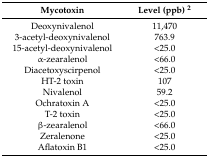
<table><thead><tr><td><b>Mycotoxin</b></td><td><b>Level (ppb) <sup>2</sup></b></td></tr></thead><tbody><tr><td>Deoxynivalenol</td><td>11,470</td></tr><tr><td>3-acetyl-deoxynivalenol</td><td>763.9</td></tr><tr><td>15-acetyl-deoxynivalenol</td><td>&lt;25.0</td></tr><tr><td>α-zearalenol</td><td>&lt;66.0</td></tr><tr><td>Diacetoxyscirpenol</td><td>&lt;25.0</td></tr><tr><td>HT-2 toxin</td><td>107</td></tr><tr><td>Nivalenol</td><td>59.2</td></tr><tr><td>Ochratoxin A</td><td>&lt;25.0</td></tr><tr><td>T-2 toxin</td><td>&lt;25.0</td></tr><tr><td>β-zearalenol</td><td>&lt;66.0</td></tr><tr><td>Zeralenone</td><td>&lt;25.0</td></tr><tr><td>Aflatoxin B1</td><td>&lt;25.0</td></tr></tbody></table>